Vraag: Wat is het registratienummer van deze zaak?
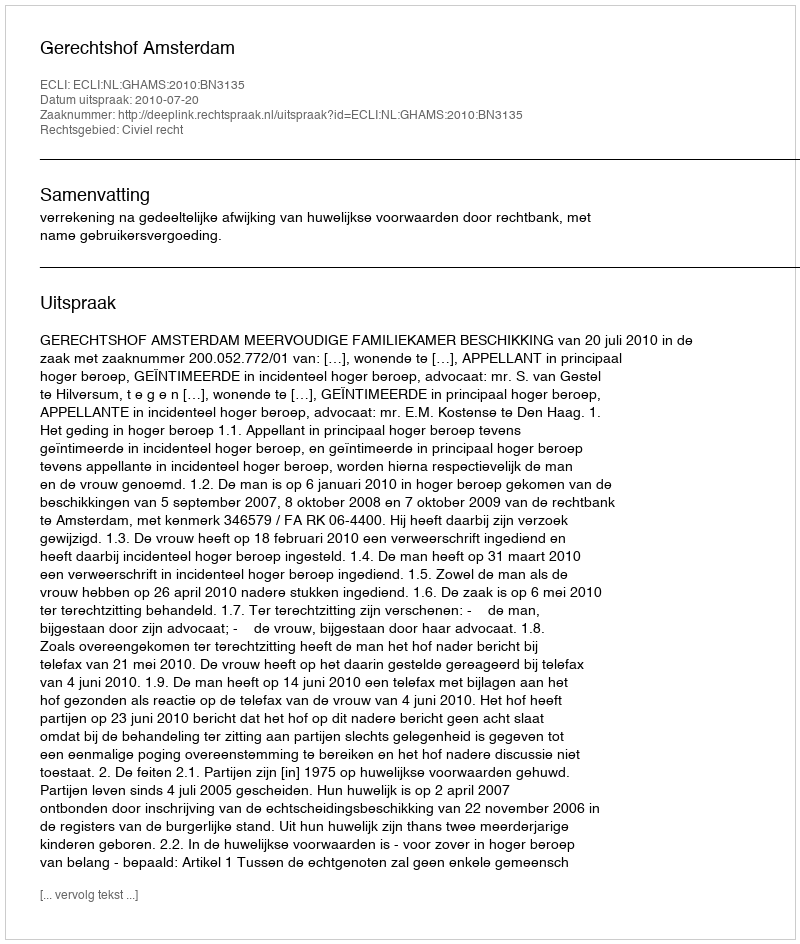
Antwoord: http://deeplink.rechtspraak.nl/uitspraak?id=ECLI:NL:GHAMS:2010:BN3135